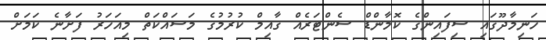
ހަނިމާދޫގައި ސިފައިންގެ ކޮމާންޑް ސެންޓަރެއް ގާއިމް ކުރުމުގެ މަސައްކަތް މިއަހަރު ފަށާނެ ކަމަށް